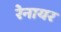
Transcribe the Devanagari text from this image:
रेनायर